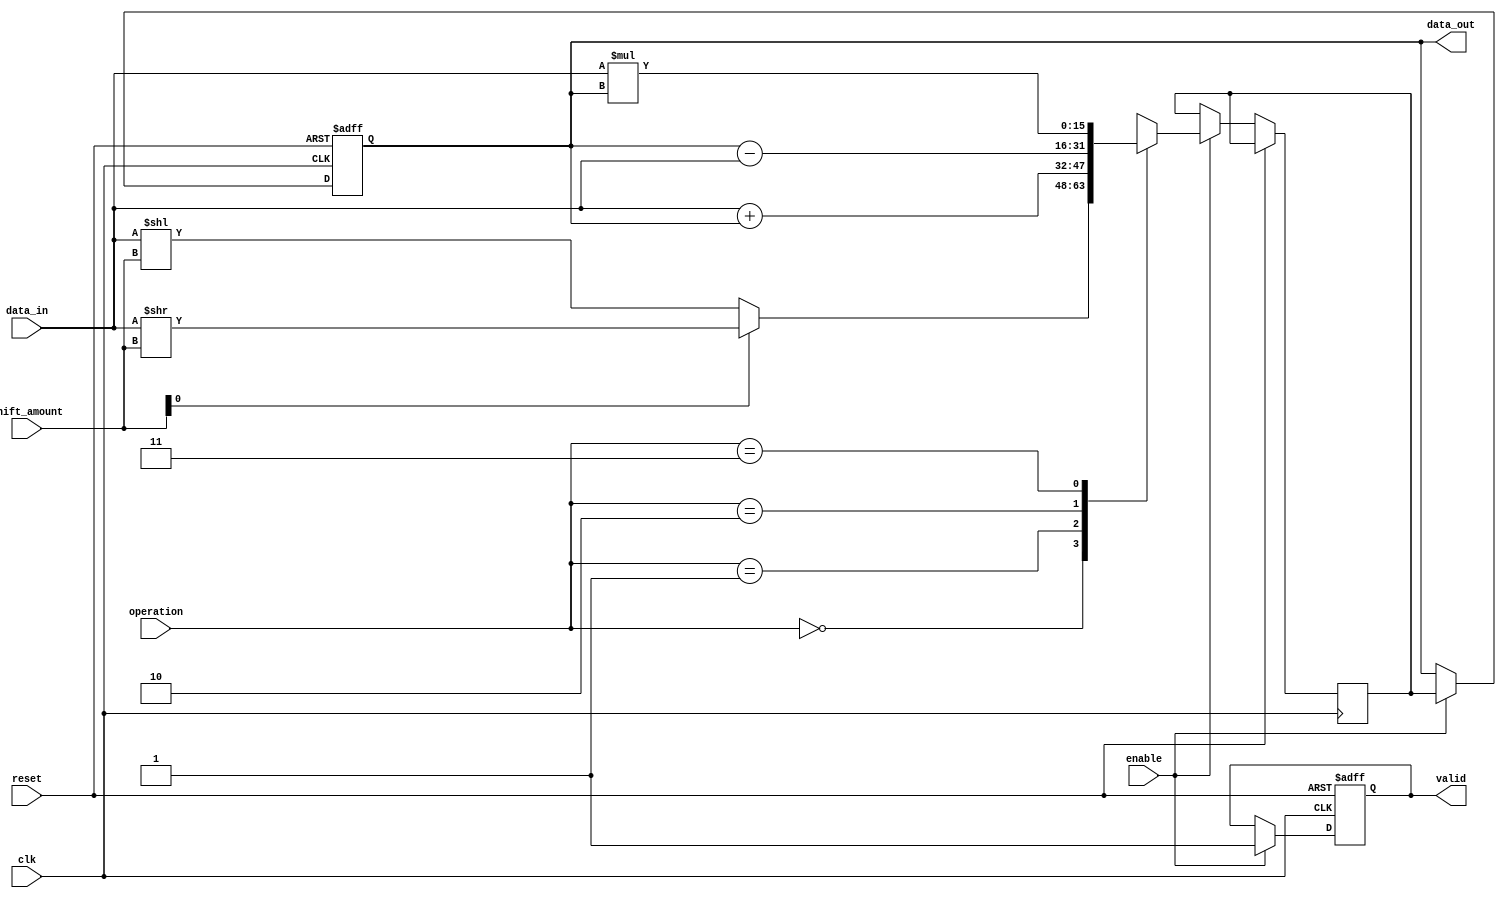
module LogarithmicShiftRegister #(
    parameter WIDTH = 16 // Default bit width
)(
    input wire clk,
    input wire reset,
    input wire enable,
    input wire [WIDTH-1:0] data_in,
    input wire [3:0] shift_amount, // Amount to shift
    input wire [1:0] operation, // 00: shift, 01: add, 10: subtract, 11: multiply
    output reg [WIDTH-1:0] data_out,
    output reg valid // Output validity signal
);

    // Internal signal for logarithmic shifted value
    reg [WIDTH-1:0] shifted_value;

    // Control logic and operation selection
    always @(posedge clk or posedge reset) begin
        if (reset) begin
            data_out <= 0;
            valid <= 0;
        end else if (enable) begin
            case (operation)
                2'b00: begin // Logarithmic Shift
                    // Perform logarithmic shift based on shift_amount
                    // For simplicity, we do a basic left or right shift
                    // Logarithmic shifting can be more complex based on inputs
                    shifted_value <= (shift_amount[0] == 1'b1) ? (data_in >> shift_amount) : (data_in << shift_amount);
                end
                2'b01: begin // Add
                    shifted_value <= data_in + data_out;
                end
                2'b10: begin // Subtract
                    shifted_value <= data_out - data_in;
                end
                2'b11: begin // Multiply
                    shifted_value <= data_in * data_out;
                end
                default: begin
                    shifted_value <= data_out; // Default case
                end
            endcase
            
            data_out <= shifted_value;
            valid <= 1; // Indicate output is valid
        end
    end
endmodule